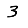
Digit: 3